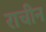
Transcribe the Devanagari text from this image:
राचीन